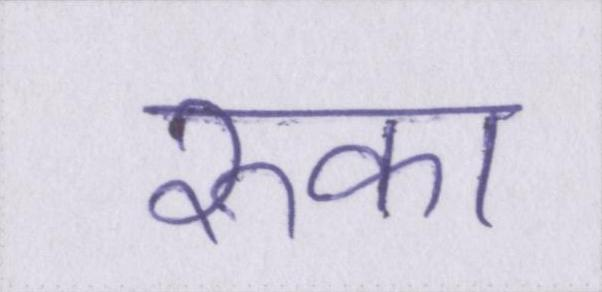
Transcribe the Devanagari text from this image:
रुका